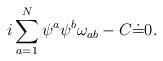
LaTeX: \begin{align*}i\sum_{a=1}^{N}\psi^a\psi^b\omega_{ab} -C\dot{=}0.\end{align*}